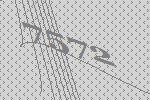
7572